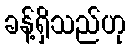
ခန့်ရှိသည်ဟု